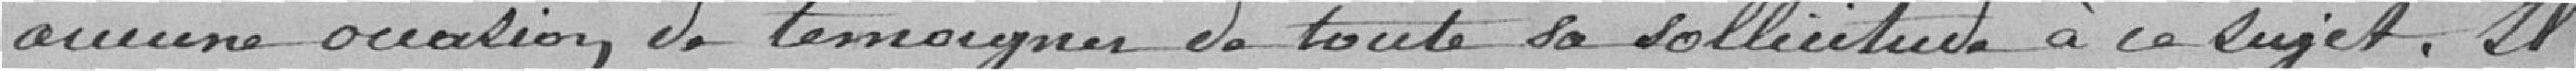
aucune occasion de témoigner de toute sa sollicitude à ce sujet. Il